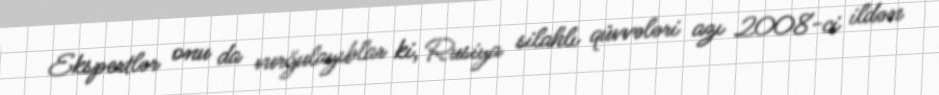
Ekspertlər onu da vurğulayıblar ki, Rusiya silahlı qüvvələri azı 2008-ci ildən